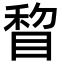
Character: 睝